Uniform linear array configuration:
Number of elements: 4
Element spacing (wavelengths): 0.25
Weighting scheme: exponential
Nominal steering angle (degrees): -45
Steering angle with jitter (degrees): -45.707
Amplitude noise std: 0.05
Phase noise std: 0.05

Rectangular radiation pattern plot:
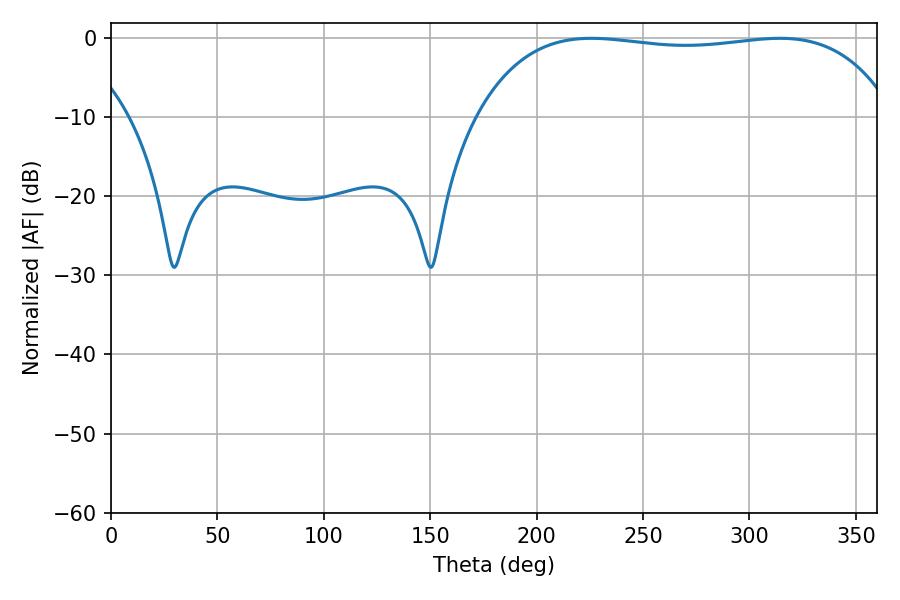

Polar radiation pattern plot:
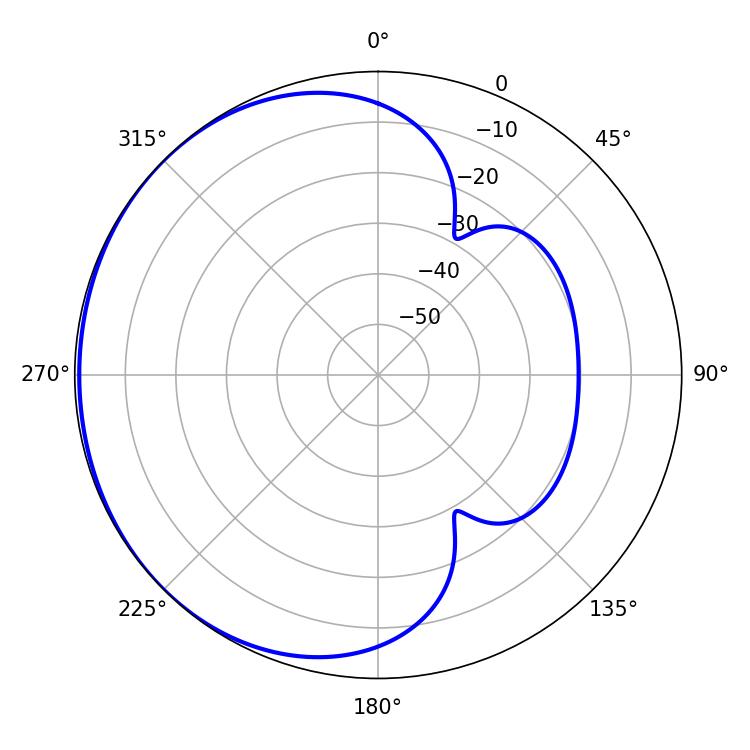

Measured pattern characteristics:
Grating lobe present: FALSE
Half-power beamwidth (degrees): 156.24
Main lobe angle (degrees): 225.72